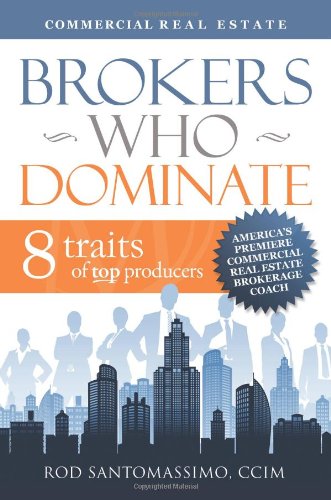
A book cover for Brokers Who Dominate 8 Traits of Top Producers; Rod Santomassimo; Business & Money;